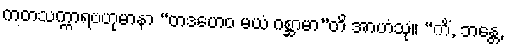
ကတသက္ကာရဗဟုမာနာ “တဒဟေဝ မယံ ဂစ္ဆာမာ”တိ အာဟံသု။ “ကိံ, ဘန္တေ,